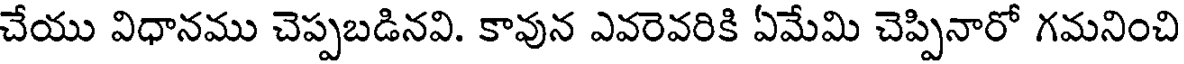
చేయు విధానము చెప్పబడినవి. కావున ఎవరెవరికి ఏమేమి చెప్పినారో గమనించి